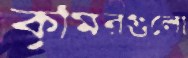
কুমিরগুলো